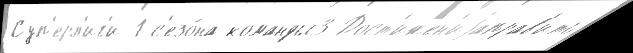
Суп'ерл'иг'и-1 с'езо́на команды3 Дост'ижен'иjаправ'ить